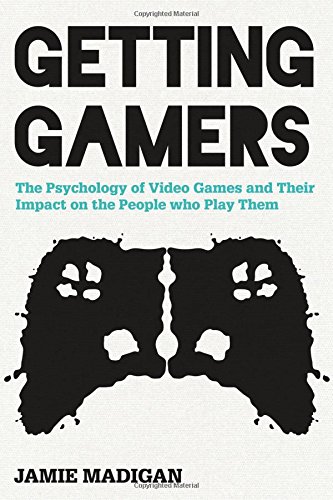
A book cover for Getting Gamers: The Psychology of Video Games and Their Impact on the People who Play Them; Jamie Madigan; Medical Books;